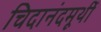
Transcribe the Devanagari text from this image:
चिदानंदमूर्थी